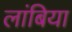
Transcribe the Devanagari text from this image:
लांबिया